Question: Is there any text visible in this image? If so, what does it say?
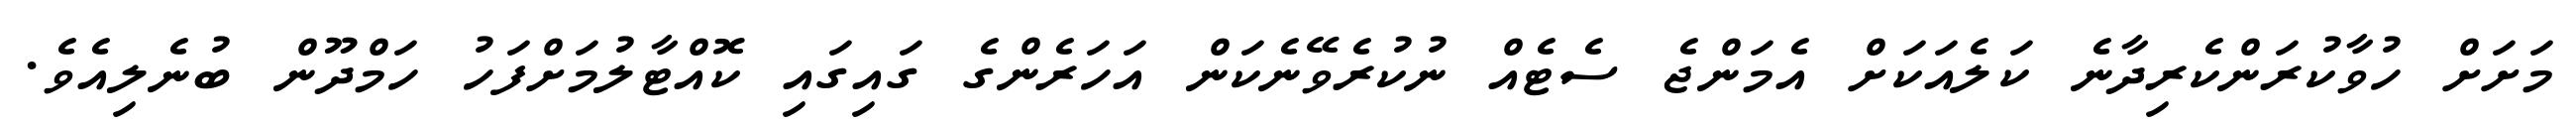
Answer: މަށަށް ހުވާކުރަންކެރިދާނެ ކަލެއަކަށް އެމަންޖެ ސެޓެއް ނުކުރެވޭނެކަން އަހަރެންގެ ގައިގައި ކޮއްޓާލުމަށްފަހު ހަމްދޫން ބުނެލިއެވެ.